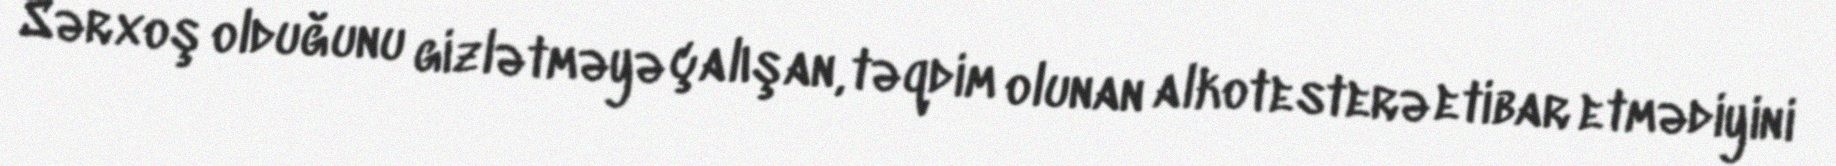
Sərxoş olduğunu gizlətməyə çalışan, təqdim olunan alkotesterə etibar etmədiyini